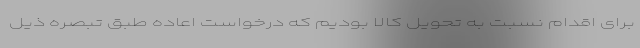
برای اقدام نسبت به تحویل کالا بودیم که درخواست اعاده طبق تبصره ذیل